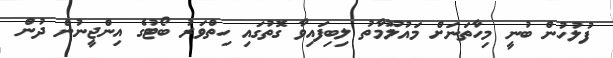
ފުލުހުން ބުނީ މިހާތަނަށް މައުލޫމާތު ލިބިފައިވާ ގޮތުގައި ހިތްވަރު ބޯޓުގެ އިންޖީނުން ދުން